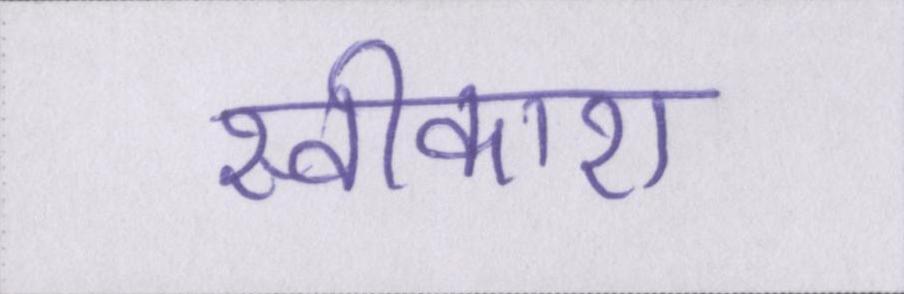
स्वीकारा